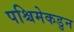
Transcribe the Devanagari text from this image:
पश्चिमेकडुन